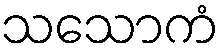
သသောကံ